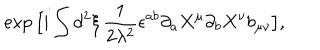
LaTeX: \exp \big [ i \int d ^ { 2 } \xi \, { \frac { 1 } { 2 \lambda ^ { 2 } } } \epsilon ^ { a b } \partial _ { a } X ^ { \mu } \partial _ { b } X ^ { \nu } b _ { \mu \nu } \big ] ,